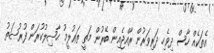
އެތަކެއް ހާސް ދިވެހި ދަރިވަރުން ރާއްޖެއިން ބޭރުން މަތީ ތަޢުލީމު ޙާޞިލުކުރަން ފުރުޞަތު